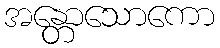
အန္တောသောကော